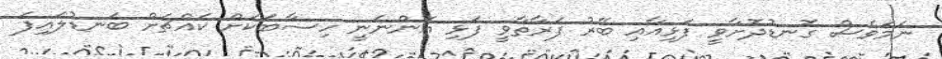
ނަމަވެސް ގޮނޑުދޮށާވީ ފަޅިއާއި ބޭރު ފަރާތާވީ ފަޅި އޮންނަނީ ހިސާބަކަށް ކައްޗަށް ބަނޑުލައިފަ